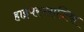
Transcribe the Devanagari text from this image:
हाइपरप्लाजिया